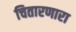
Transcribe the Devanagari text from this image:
चितारणारा